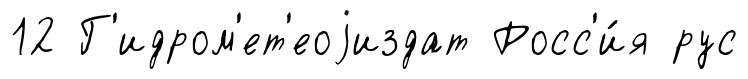
12 Г'идром'ет'еоjиздат Росс'и́я рус